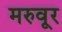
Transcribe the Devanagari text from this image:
मरुवूर